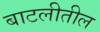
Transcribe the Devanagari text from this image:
बाटलीतील